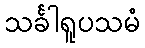
သင်္ခါရူပသမံ